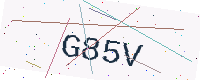
Text: G85V